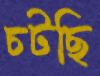
চটছি